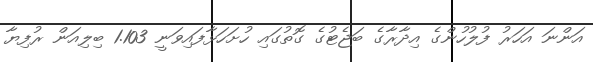
އަންނަ އަހަރު ފުލުހުންގެ އިދާރާގެ ބަޖެޓުގެ ގޮތުގައި ހުށަހަޅާފައިވަނީ 1.103 ބިލިއަން ރުފިޔާ